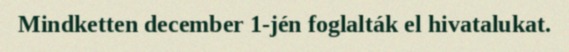
Mindketten december 1-jén foglalták el hivatalukat.